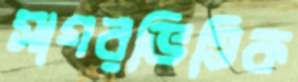
সাগরভিত্তিক